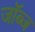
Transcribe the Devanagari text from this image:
जॉब्ज